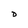
Character: D